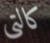
كالتي